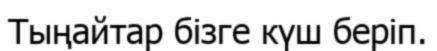
Тыңайтар бізге күш беріп.